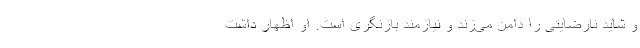
و شاید نارضایتی را دامن می‌زند و نیازمند بازنگری است. او اظهار داشت